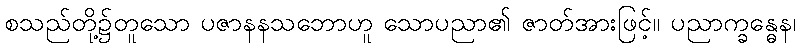
စသည်တို့၌တူသော ပဇာနနသဘောဟူ သောပညာ၏ ဇာတ်အားဖြင့်။ ပညာက္ခန္ဓေန၊